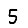
Digit: 5